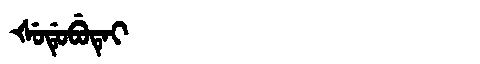
Manchu: ᡧᡠᡩᡠᠪᡠᡨᡝᡳ
Romanization: ŠUDUBUTEI